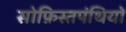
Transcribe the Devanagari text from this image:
सोफ़िस्तपंथियों